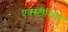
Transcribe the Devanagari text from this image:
एक्स्टीरियर